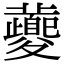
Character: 夔